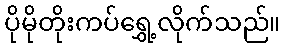
ပိုမိုတိုးကပ်ရွှေ့လိုက်သည်။